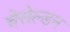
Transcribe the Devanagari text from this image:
चेसेल्डन